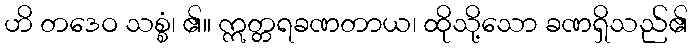
ဟိ တဒေဝ သစ္စံ၊ ၏။ ဣတ္တရခဏတာယ၊ ထိုသို့သော ခဏရှိသည်၏